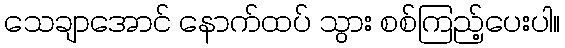
သေချာအောင် နောက်ထပ် သွား စစ်ကြည့်ပေးပါ။